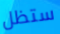
ستظل